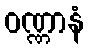
ဝဏ္ဏာနံ